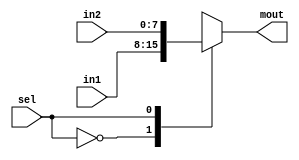
module mux2to1_8bits(input [7:0] in1, input [7:0] in2,input sel, output reg [7:0] mout);
  always@(in1 or in2 or sel)
    begin
      case(sel)
        1'b0: mout=in1;
        1'b1: mout=in2;
      endcase
  end
endmodule